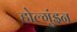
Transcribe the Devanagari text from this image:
होल्गुंइन